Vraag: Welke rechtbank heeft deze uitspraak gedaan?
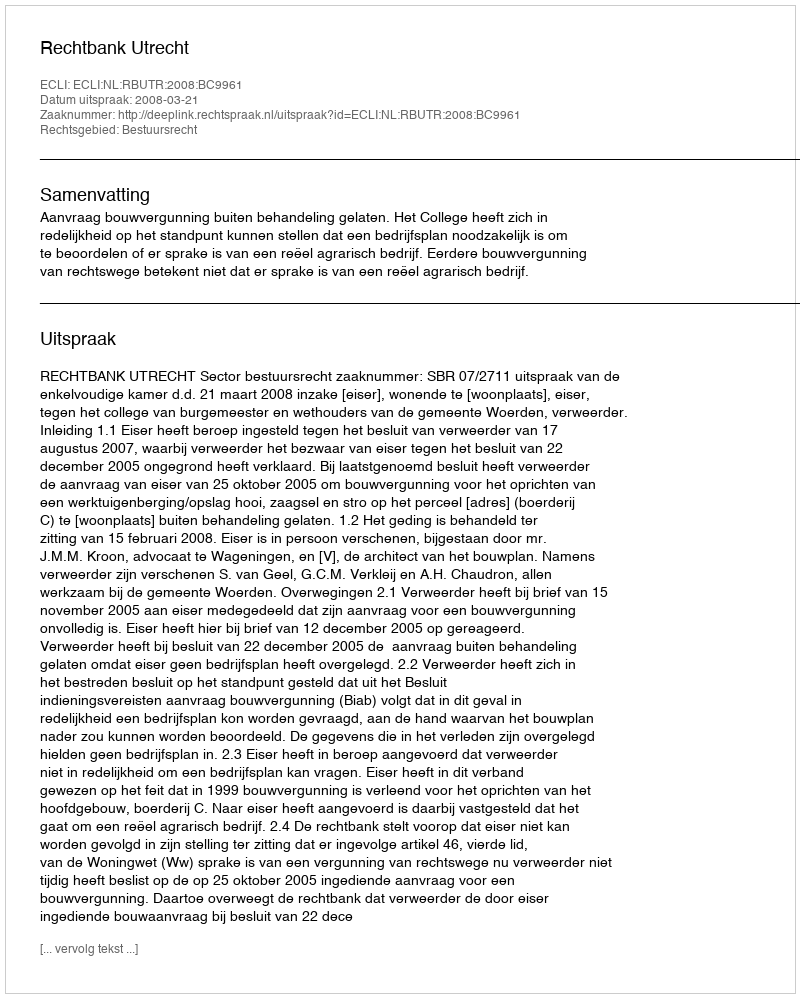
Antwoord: Rechtbank Utrecht